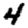
Digit: 4